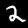
Label: 2